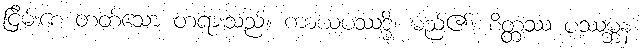
ငြိမ်းစေ တတ်သော တရားသည်။ ကာယပဿဒ္ဓိ၊ မည်၏။ စိတ္တဿ ပဿမ္ဘနံ၊